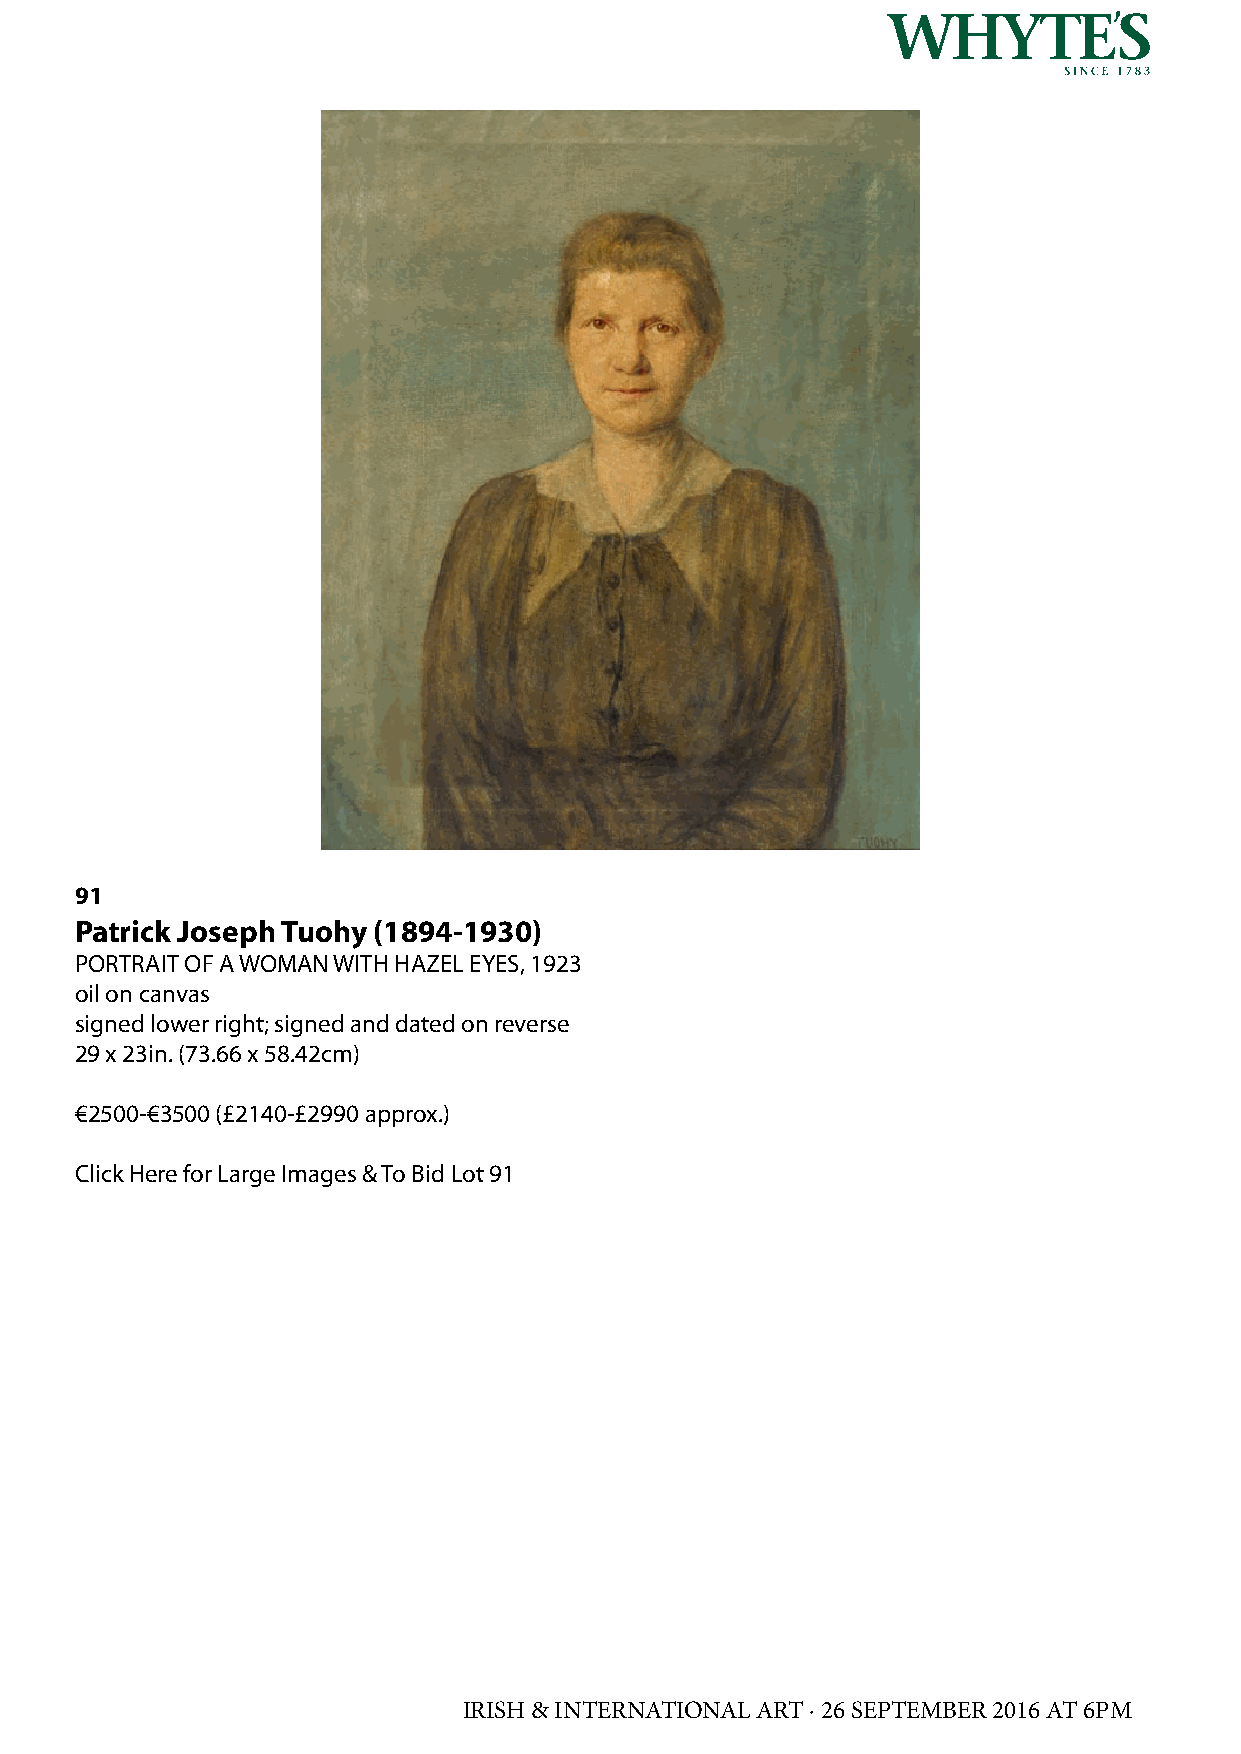
91
 Patrick Joseph Tuohy (1894-1930)
 PORTRAIT OF A WOMAN WITH HAZEL EYES, 1923
 oil on canvas
 signed lower right; signed and dated on reverse
 29 x 23in. (73.66 x 58.42cm)
 €2500-€3500 (£2140-£2990 approx.)
 Click Here for Large Images & To Bid Lot 91
 IRISH & INTERNATIONAL ART · 26 SEPTEMBER 2016 AT 6PM